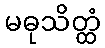
မဓုသိတ္ထံ